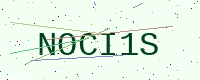
Text: NOCI1S